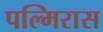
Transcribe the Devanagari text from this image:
पल्मिरास